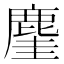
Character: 𪊧